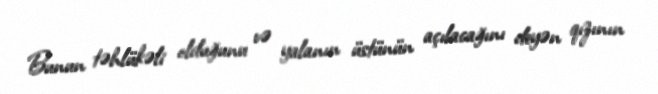
Bunun təhlükəli olduğunu və yalanın üstünün açılacağını deyən qızının